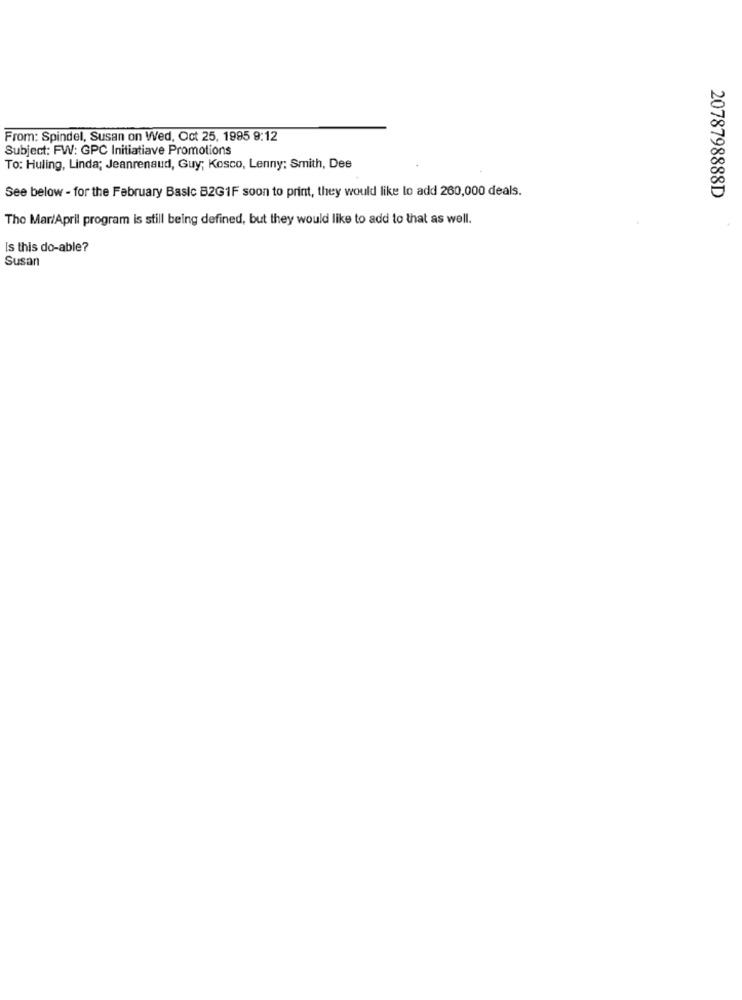
From: Spindel, Susan on Wed, Oct 25, 1995 9:12
Subject: FW: GPC Initiatiave Promotions
To: Huling, Linda; Jeanrenaud, Guy; Kosco, Lenny; Smith, Dee
See below - for the February Basic B2GIF soon to print, they would like to add 260,000 deals.
2078798888D
The Mar/April program is still being defined, but they would like to add to that as well.
Is this do-able?
Susan